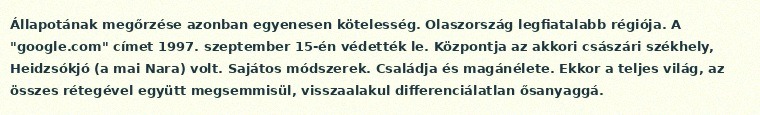
Állapotának megőrzése azonban egyenesen kötelesség. Olaszország legfiatalabb régiója. A "google.com" címet 1997. szeptember 15-én védették le. Központja az akkori császári székhely, Heidzsókjó (a mai Nara) volt. Sajátos módszerek. Családja és magánélete. Ekkor a teljes világ, az összes rétegével együtt megsemmisül, visszaalakul differenciálatlan ősanyaggá.